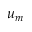
u _ { m }